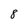
Character: 8